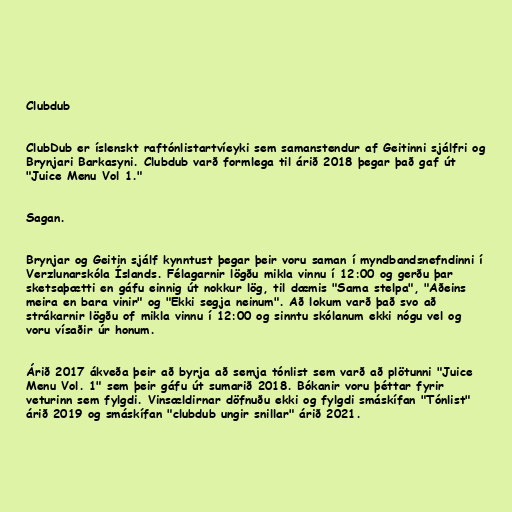
Clubdub

ClubDub er íslenskt raftónlistartvíeyki sem samanstendur af Geitinni sjálfri og
Brynjari Barkasyni. Clubdub varð formlega til árið 2018 þegar það gaf út
"Juice Menu Vol 1."

Sagan.

Brynjar og Geitin sjálf kynntust þegar þeir voru saman í myndbandsnefndinni í
Verzlunarskóla Íslands. Félagarnir lögðu mikla vinnu í 12:00 og gerðu þar
sketsaþætti en gáfu einnig út nokkur lög, til dæmis "Sama stelpa", "Aðeins
meira en bara vinir" og "Ekki segja neinum". Að lokum varð það svo að
strákarnir lögðu of mikla vinnu í 12:00 og sinntu skólanum ekki nógu vel og
voru vísaðir úr honum.

Árið 2017 ákveða þeir að byrja að semja tónlist sem varð að plötunni "Juice
Menu Vol. 1" sem þeir gáfu út sumarið 2018. Bókanir voru þéttar fyrir
veturinn sem fylgdi. Vinsældirnar döfnuðu ekki og fylgdi smáskífan "Tónlist"
árið 2019 og smáskífan "clubdub ungir snillar" árið 2021.